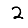
Digit: 2